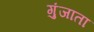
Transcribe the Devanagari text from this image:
गुंजाता